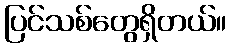
ပြင်သစ်တွေရှိတယ်။